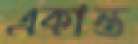
একান্ত